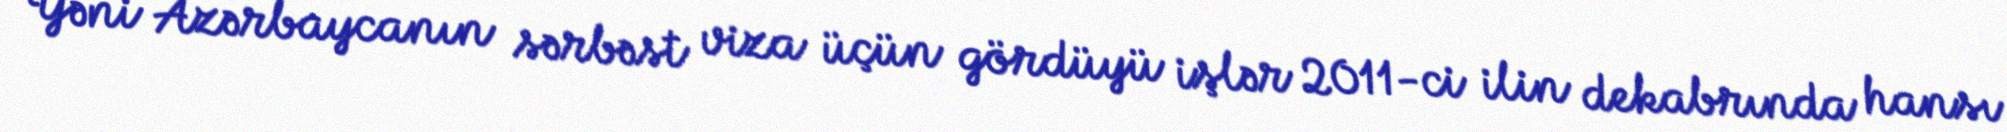
Yəni Azərbaycanın sərbəst viza üçün gördüyü işlər 2011-ci ilin dekabrında hansı